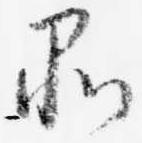
品